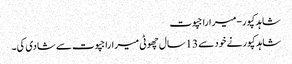
شاہد کپور-میراراجپوت
شاہدکپورنے خود سے 13سال چھوٹی میراراجپوت سے شادی کی۔